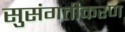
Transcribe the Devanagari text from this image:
सुसंगतीकरण